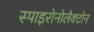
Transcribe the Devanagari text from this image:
स्पाइरोनोलैक्टोन